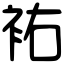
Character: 𧙗